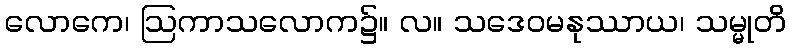
လောကေ၊ ဩကာသလောက၌။ လ။ သဒေဝမနုဿာယ၊ သမ္မုတိ